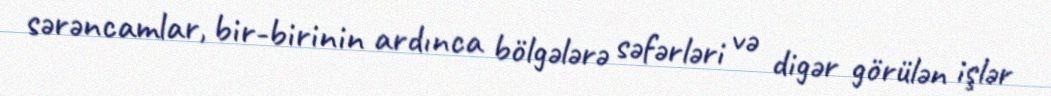
sərəncamlar, bir-birinin ardınca bölgələrə səfərləri və digər görülən işlər